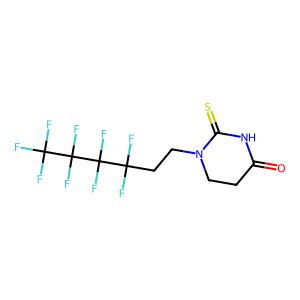
SMILES: O=C1CCN(CCC(F)(F)C(F)(F)C(F)(F)C(F)(F)F)C(=S)N1
Inhibits HIV replication: No